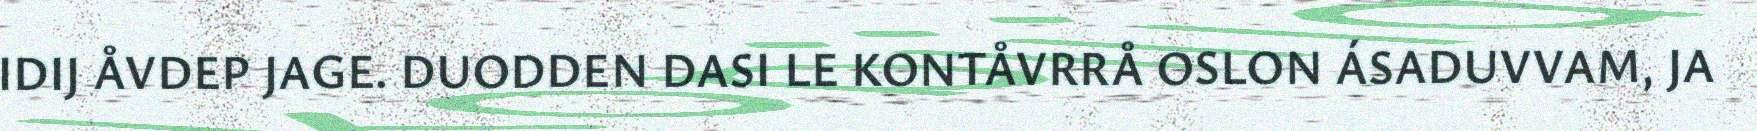
IDIJ ÅVDEP JAGE. DUODDEN DASI LE KONTÅVRRÅ OSLON ÁSADUVVAM, JA